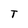
Character: T